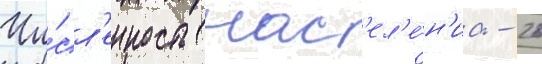
Чи́сл'енность нас'ел'е́н'иа - 26